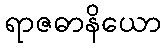
ရာဇဓာနိယော